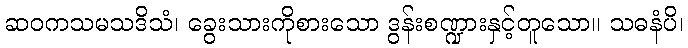
ဆဝကသမသဒိသံ၊ ခွေးသားကိုစားသော ဒွန်းစဏ္ဍားနှင့်တူသော။ သဓနံပိ၊